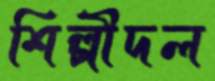
শিল্পীদল